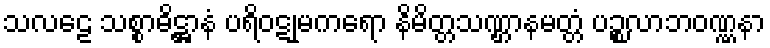
သလဠေ သစ္စာဓိဋ္ဌာနံ ပရိဝဋုမကရော နိမိတ္တသဏ္ဌာနမတ္တံ ပဉ္စလာဘဝဏ္ဏနာ